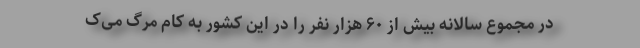
در مجموع سالانه بیش از ۶۰ هزار نفر را در این کشور به کام مرگ می‌ک